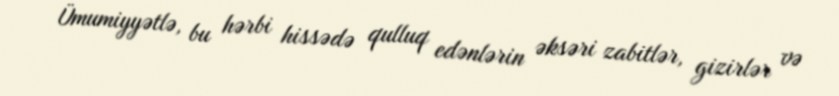
Ümumiyyətlə, bu hərbi hissədə qulluq edənlərin əksəri zabitlər, gizirlər və